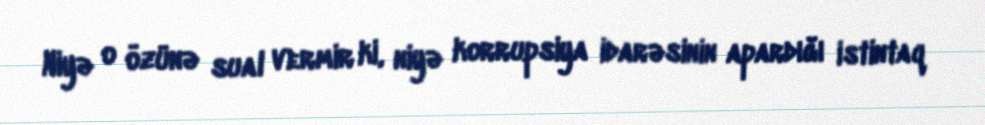
Niyə o özünə sual vermir ki, niyə korrupsiya idarəsinin apardığı istintaq